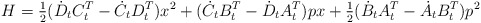
\begin{align*}H=\tfrac{1}{2}(\dot{D}_{t}C_{t}^{T}-\dot{C}_{t}D_{t}^{T})x^{2}+(\dot{C}_{t}B_{t}^{T}-\dot{D}_{t}A_{t}^{T})px+\tfrac{1}{2}(\dot{B}_{t}A_{t}^{T}-\dot{A}_{t}B_{t}^{T})p^{2} \end{align*}